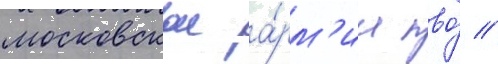
московскои а́рм'ии пво́ //